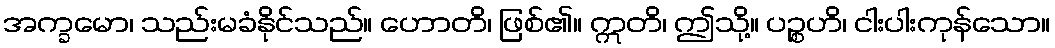
အက္ခမော၊ သည်းမခံနိုင်သည်။ ဟောတိ၊ ဖြစ်၏။ ဣတိ၊ ဤသို့။ ပဉ္စဟိ၊ ငါးပါးကုန်သော။